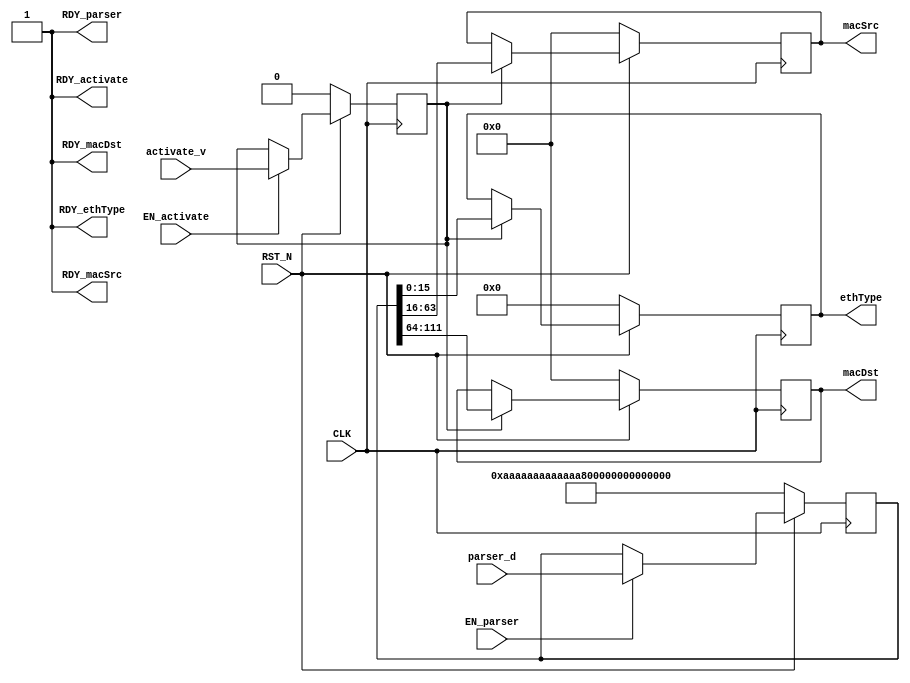
//
// Generated by Bluespec Compiler (build 2c1ed34)
//
// On Sun Jun  6 20:10:40 -03 2021
//
//
// Ports:
// Name                         I/O  size props
// RDY_parser                     O     1 const
// RDY_activate                   O     1 const
// macDst                         O    48 reg
// RDY_macDst                     O     1 const
// macSrc                         O    48 reg
// RDY_macSrc                     O     1 const
// ethType                        O    16 reg
// RDY_ethType                    O     1 const
// CLK                            I     1 clock
// RST_N                          I     1 reset
// parser_d                       I   112 reg
// activate_v                     I     1 reg
// EN_parser                      I     1
// EN_activate                    I     1
//
// No combinational paths from inputs to outputs
//
//

`ifdef BSV_ASSIGNMENT_DELAY
`else
  `define BSV_ASSIGNMENT_DELAY
`endif

`ifdef BSV_POSITIVE_RESET
  `define BSV_RESET_VALUE 1'b1
  `define BSV_RESET_EDGE posedge
`else
  `define BSV_RESET_VALUE 1'b0
  `define BSV_RESET_EDGE negedge
`endif

module mkEthernet(CLK,
		  RST_N,

		  parser_d,
		  EN_parser,
		  RDY_parser,

		  activate_v,
		  EN_activate,
		  RDY_activate,

		  macDst,
		  RDY_macDst,

		  macSrc,
		  RDY_macSrc,

		  ethType,
		  RDY_ethType);
  input  CLK;
  input  RST_N;

  // action method parser
  input  [111 : 0] parser_d;
  input  EN_parser;
  output RDY_parser;

  // action method activate
  input  activate_v;
  input  EN_activate;
  output RDY_activate;

  // value method macDst
  output [47 : 0] macDst;
  output RDY_macDst;

  // value method macSrc
  output [47 : 0] macSrc;
  output RDY_macSrc;

  // value method ethType
  output [15 : 0] ethType;
  output RDY_ethType;

  // signals for module outputs
  wire [47 : 0] macDst, macSrc;
  wire [15 : 0] ethType;
  wire RDY_activate, RDY_ethType, RDY_macDst, RDY_macSrc, RDY_parser;

  // register active
  reg active;
  wire active$D_IN, active$EN;

  // register data
  reg [111 : 0] data;
  wire [111 : 0] data$D_IN;
  wire data$EN;

  // register eth_type
  reg [15 : 0] eth_type;
  wire [15 : 0] eth_type$D_IN;
  wire eth_type$EN;

  // register mac_dst
  reg [47 : 0] mac_dst;
  wire [47 : 0] mac_dst$D_IN;
  wire mac_dst$EN;

  // register mac_src
  reg [47 : 0] mac_src;
  wire [47 : 0] mac_src$D_IN;
  wire mac_src$EN;

  // action method parser
  assign RDY_parser = 1'd1 ;

  // action method activate
  assign RDY_activate = 1'd1 ;

  // value method macDst
  assign macDst = mac_dst ;
  assign RDY_macDst = 1'd1 ;

  // value method macSrc
  assign macSrc = mac_src ;
  assign RDY_macSrc = 1'd1 ;

  // value method ethType
  assign ethType = eth_type ;
  assign RDY_ethType = 1'd1 ;

  // register active
  assign active$D_IN = activate_v ;
  assign active$EN = EN_activate ;

  // register data
  assign data$D_IN = parser_d ;
  assign data$EN = EN_parser ;

  // register eth_type
  assign eth_type$D_IN = data[15:0] ;
  assign eth_type$EN = active ;

  // register mac_dst
  assign mac_dst$D_IN = data[111:64] ;
  assign mac_dst$EN = active ;

  // register mac_src
  assign mac_src$D_IN = data[63:16] ;
  assign mac_src$EN = active ;

  // handling of inlined registers

  always@(posedge CLK)
  begin
    if (RST_N == `BSV_RESET_VALUE)
      begin
        active <= `BSV_ASSIGNMENT_DELAY 1'd0;
	data <= `BSV_ASSIGNMENT_DELAY 112'hAAAAAAAAAAAAAAAAAAAAAAAAAAAA;
	eth_type <= `BSV_ASSIGNMENT_DELAY 16'h0;
	mac_dst <= `BSV_ASSIGNMENT_DELAY 48'h0;
	mac_src <= `BSV_ASSIGNMENT_DELAY 48'h0;
      end
    else
      begin
        if (active$EN) active <= `BSV_ASSIGNMENT_DELAY active$D_IN;
	if (data$EN) data <= `BSV_ASSIGNMENT_DELAY data$D_IN;
	if (eth_type$EN) eth_type <= `BSV_ASSIGNMENT_DELAY eth_type$D_IN;
	if (mac_dst$EN) mac_dst <= `BSV_ASSIGNMENT_DELAY mac_dst$D_IN;
	if (mac_src$EN) mac_src <= `BSV_ASSIGNMENT_DELAY mac_src$D_IN;
      end
  end

  // synopsys translate_off
  `ifdef BSV_NO_INITIAL_BLOCKS
  `else // not BSV_NO_INITIAL_BLOCKS
  initial
  begin
    active = 1'h0;
    data = 112'hAAAAAAAAAAAAAAAAAAAAAAAAAAAA;
    eth_type = 16'hAAAA;
    mac_dst = 48'hAAAAAAAAAAAA;
    mac_src = 48'hAAAAAAAAAAAA;
  end
  `endif // BSV_NO_INITIAL_BLOCKS
  // synopsys translate_on
endmodule  // mkEthernet